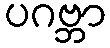
ပဂဗ္ဘာ